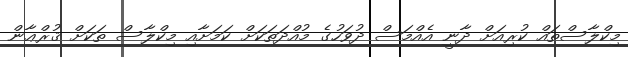
މިކްލާސްތައް ކުރިއަށް ދާނީ އެއްމަސް ދުވަހުގެ މުއްދަތަކަށް ކަމަށާއި މިކްލާސް ތަކަށް ޤުރްޢާން